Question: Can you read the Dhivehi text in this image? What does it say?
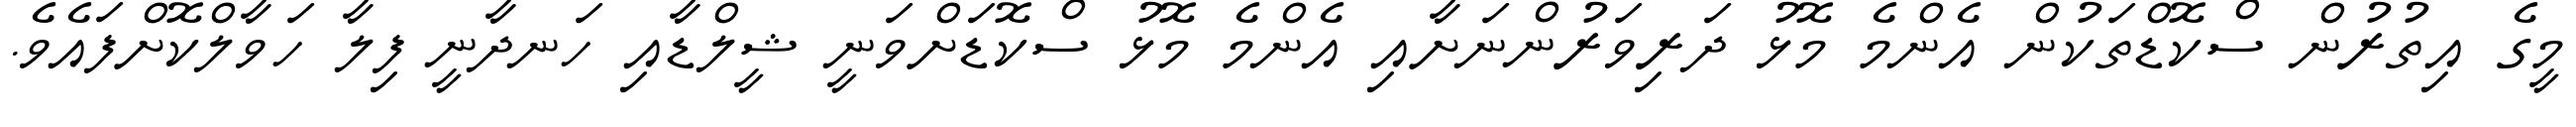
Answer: މީގެ އިތުރުން ސްކޮޑްތަކުން އެންމެ މޮޅު ދަރިވަރުންނަށާއި އެންމެ މޮޅު ސްކޮޑަށްވަނީ ޝީލްޑާއި ހަނދާނީ ފިލާ ހަވާލްކޮށްފައެވެ.